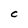
Character: C